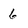
Character: 6